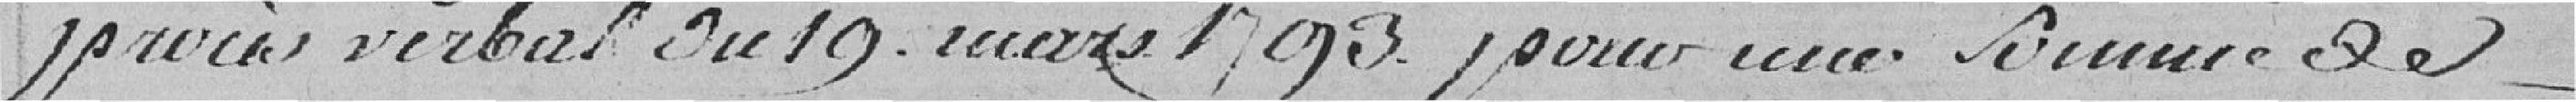
procès verbal du 19 mars 1793 pour une somme de